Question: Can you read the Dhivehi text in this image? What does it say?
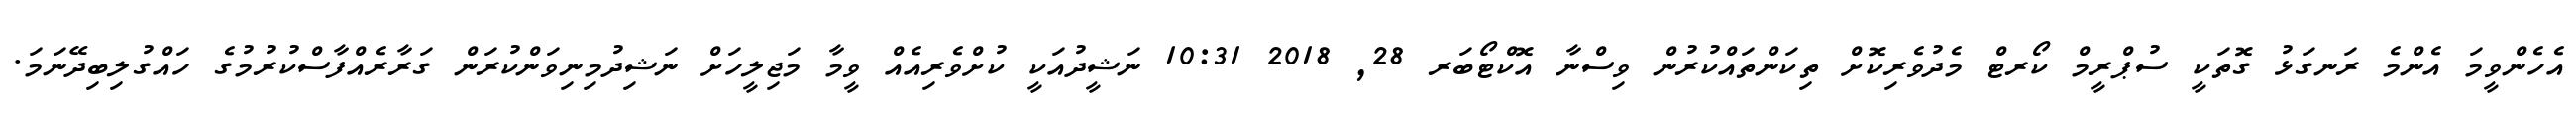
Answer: އެހެންވީމަ އެންމެ ރަނގަޅު ގޮތަކީ ސުޕްރީމް ކޯރޓް މެދުވެރިކޮށް ތިކަންތައްކުރުން ވިސްނާ އޮކްޓޯބަރ 28, 2018 10:31 ނަޝީދުއަކީ ކުށްވެރިއެއް ވީމާ މަޖިލީހަށް ނަޝިދުމިނިވަންކުރަން ގަރާރެއްފާސްކުރުމުގެ ހައްގުލިބިދޭނަމަ.